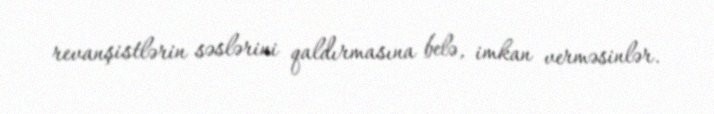
revanşistlərin səslərini qaldırmasına belə, imkan verməsinlər.